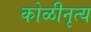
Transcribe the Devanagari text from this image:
कोळीनृत्य